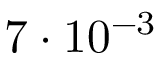
7 \cdot 1 0 ^ { - 3 }